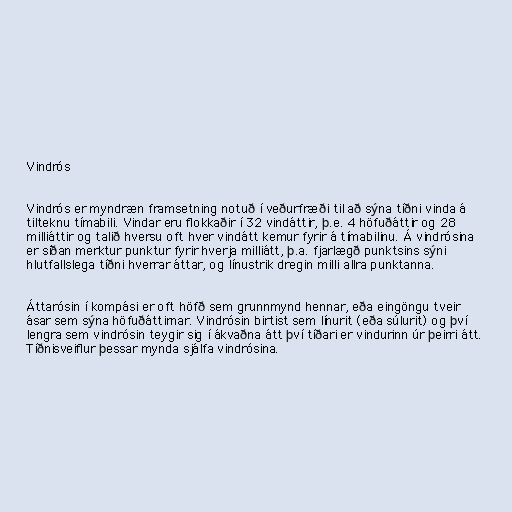
Vindrós

Vindrós er myndræn framsetning notuð í veðurfræði til að sýna tíðni vinda á
tilteknu tímabili. Vindar eru flokkaðir í 32 vindáttir, þ.e. 4 höfuðáttir og 28
milliáttir og talið hversu oft hver vindátt kemur fyrir á tímabilinu. Á vindrósina
er síðan merktur punktur fyrir hverja milliátt, þ.a. fjarlægð punktsins sýni
hlutfallslega tíðni hverrar áttar, og línustrik dregin milli allra punktanna.

Áttarósin í kompási er oft höfð sem grunnmynd hennar, eða eingöngu tveir
ásar sem sýna höfuðáttirnar. Vindrósin birtist sem línurit (eða súlurit) og því
lengra sem vindrósin teygir sig í ákvaðna átt því tíðari er vindurinn úr þeirri átt.
Tíðnisveiflur þessar mynda sjálfa vindrósina.